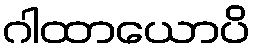
ဂါထာယောပိ